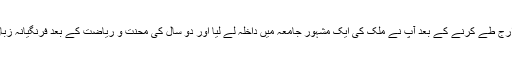
تعلیم کے اگلے مدارج طے کرنے کے بعد آپ نے ملک کی ایک مشہوُر جامعہ میں داخلہ لے لیا اور دو سال کی محنتِ و ریاضت کے بعد فرنگیانہ زبان میں ماسٹرز کیا۔